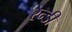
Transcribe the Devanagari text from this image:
रेन्डी